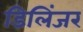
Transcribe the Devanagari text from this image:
डिलिंजर